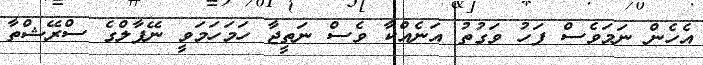
އެހެން ނަމަވެސް ފަހު ވަގުތު އަނެއްކާ ވެސް ނަތީޖާ ހަމަހަމަވީ ނޭޕާލްގެ ސްރޭޝްތާ